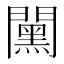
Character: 𨶯